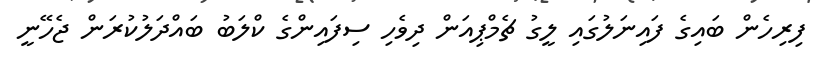
ފިރިހެން ބައިގެ ފައިނަލުގައި ލީގު ޗެމްޕިއަން ދިވެހި ސިފައިންގެ ކްލަބު ބައްދަލުކުރަން ޖެހޭނީ